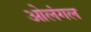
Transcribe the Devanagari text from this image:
ओलंगल